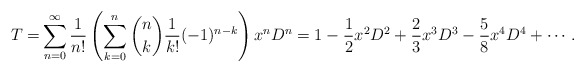
\begin{align*}T=&\sum_{n=0}^\infty\frac{1}{n!}\left(\sum_{k=0}^n \binom{n}{k}\frac{1}{k!}(-1)^{n-k}\right)x^nD^n=1-\frac{1}{2}x^2D^2+\frac{2}{3}x^3D^3-\frac{5}{8}x^4D^4+\cdots. \end{align*}